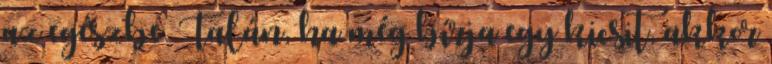
az egészbe. Talán, ha még bírja egy kicsit, akkor